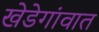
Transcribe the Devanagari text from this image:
खेडेगांवात